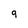
Character: 9